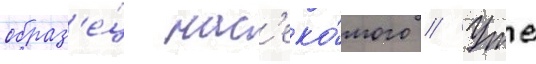
образ'е́ц нас'еко́мого // Уже